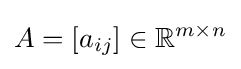
A=[a_{ij}]\in \mathbb {R} ^{m\times n}